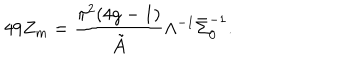
4 9 Z _ { m } = \frac { \pi ^ { 2 } ( 4 g - 1 ) } { \tilde { A } } \Lambda ^ { - 1 } \bar { \Sigma } _ { 0 } ^ { - 1 } .